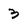
Character: 3